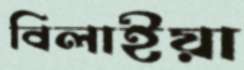
বিলাইয়া